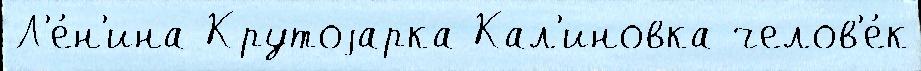
Л'е́н'ина Крутоjарка Кал'иновка челов'е́к